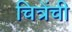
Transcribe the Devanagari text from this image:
चित्रेंची